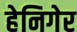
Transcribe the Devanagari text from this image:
हेनिगेर